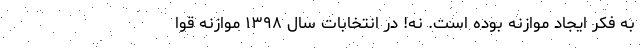
به فکر ایجاد موازنه بوده است. نه! در انتخابات سال ۱۳۹۸ موازنه قوا